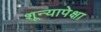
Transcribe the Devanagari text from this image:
शून्यापेक्षा